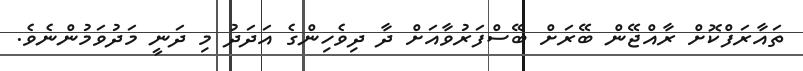
ތައާރަފްކޮށް ރާއްޖޭން ބޭރަށް ބޭސްފަރުވާއަށް ދާ ދިވެހިންގެ އަދަދު މި ދަނީ މަދުވަމުންނެވެ.